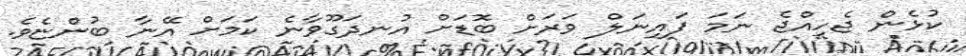
ކުޅެން ޖެހިއްޖެ ނަމަ ފައިނަލް ވަރަށް ބޮޑަށް އުނދަގޫވާނެ ކަމަށް އޭނާ ބުންޏެވެ.